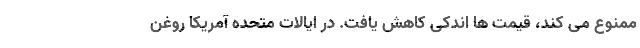
ممنوع می کند، قیمت ها اندکی کاهش یافت. در ایالات متحده آمریکا روغن